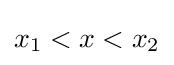
x_{1}<x<x_{2}